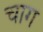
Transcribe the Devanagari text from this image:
चाग